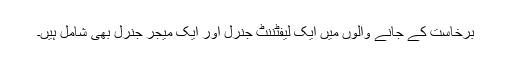
برخاست کے جانے والوں میں ایک لیفٹننٹ جنرل اور ایک میجر جنرل بھی شامل ہیں۔